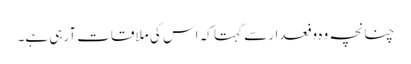
چنانچہ وہ وفعدار سے کہتا کہ اس کی ملاقات آرہی ہے۔